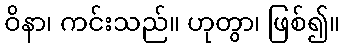
ဝိနာ၊ ကင်းသည်။ ဟုတွာ၊ ဖြစ်၍။